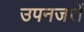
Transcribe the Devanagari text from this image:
उपनजरों